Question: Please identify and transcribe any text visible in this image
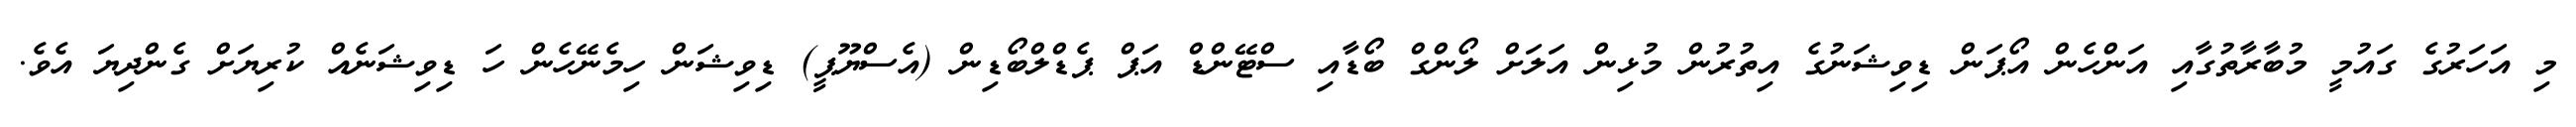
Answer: މި އަހަރުގެ ގައުމީ މުބާރާތުގާއި އަންހެން އޯޕަން ޑިވިޝަނުގެ އިތުރުން މުޅިން އަލަށް ލޯންގް ބޯޑާއި ސްޓޭންޑް އަޕް ޕެޑްލްބޯޑިން (އެސްޔޫޕީ) ޑިވިޝަން ހިމެނޭހެން ހަ ޑިވިޝަނެއް ކުރިޔަށް ގެންދިޔަ އެވެ.